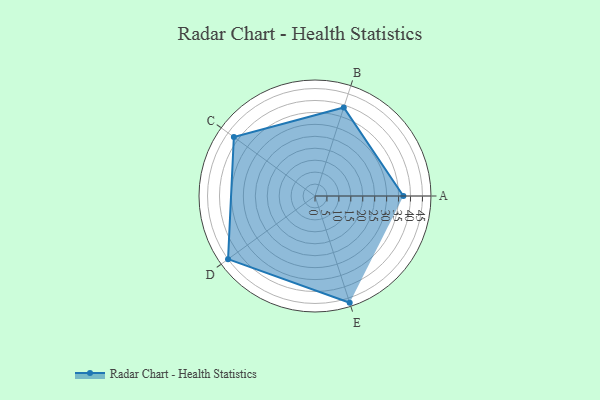
{"axis": {"x": "Skill", "y": "Score"}, "legend": ["Profile"], "data": [{"x": "A", "y": 37.0, "type": "Profile"}, {"x": "B", "y": 39.0, "type": "Profile"}, {"x": "C", "y": 42.0, "type": "Profile"}, {"x": "D", "y": 45.0, "type": "Profile"}, {"x": "E", "y": 47.0, "type": "Profile"}]}